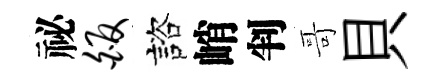
祕皈諮峭判哥貝